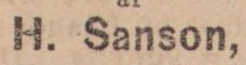
H. Sanson,